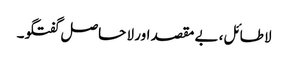
لا طائل، بے مقصد اور لا حاصل گفتگو۔